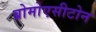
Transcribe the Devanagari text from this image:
ब्रोमोएसीटोन